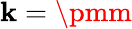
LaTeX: \mathbf{k}=\pmm